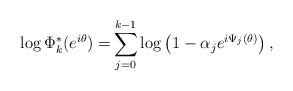
LaTeX: \begin{align*}\log \Phi^*_k(e^{i\theta}) = & \sum_{j=0}^{k-1} \log \left( 1 - \alpha_{j} e^{i \Psi_{j}(\theta) } \right),\end{align*}